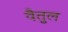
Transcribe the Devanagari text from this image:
वैतुल